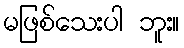
မဖြစ်သေးပါ ဘူး။